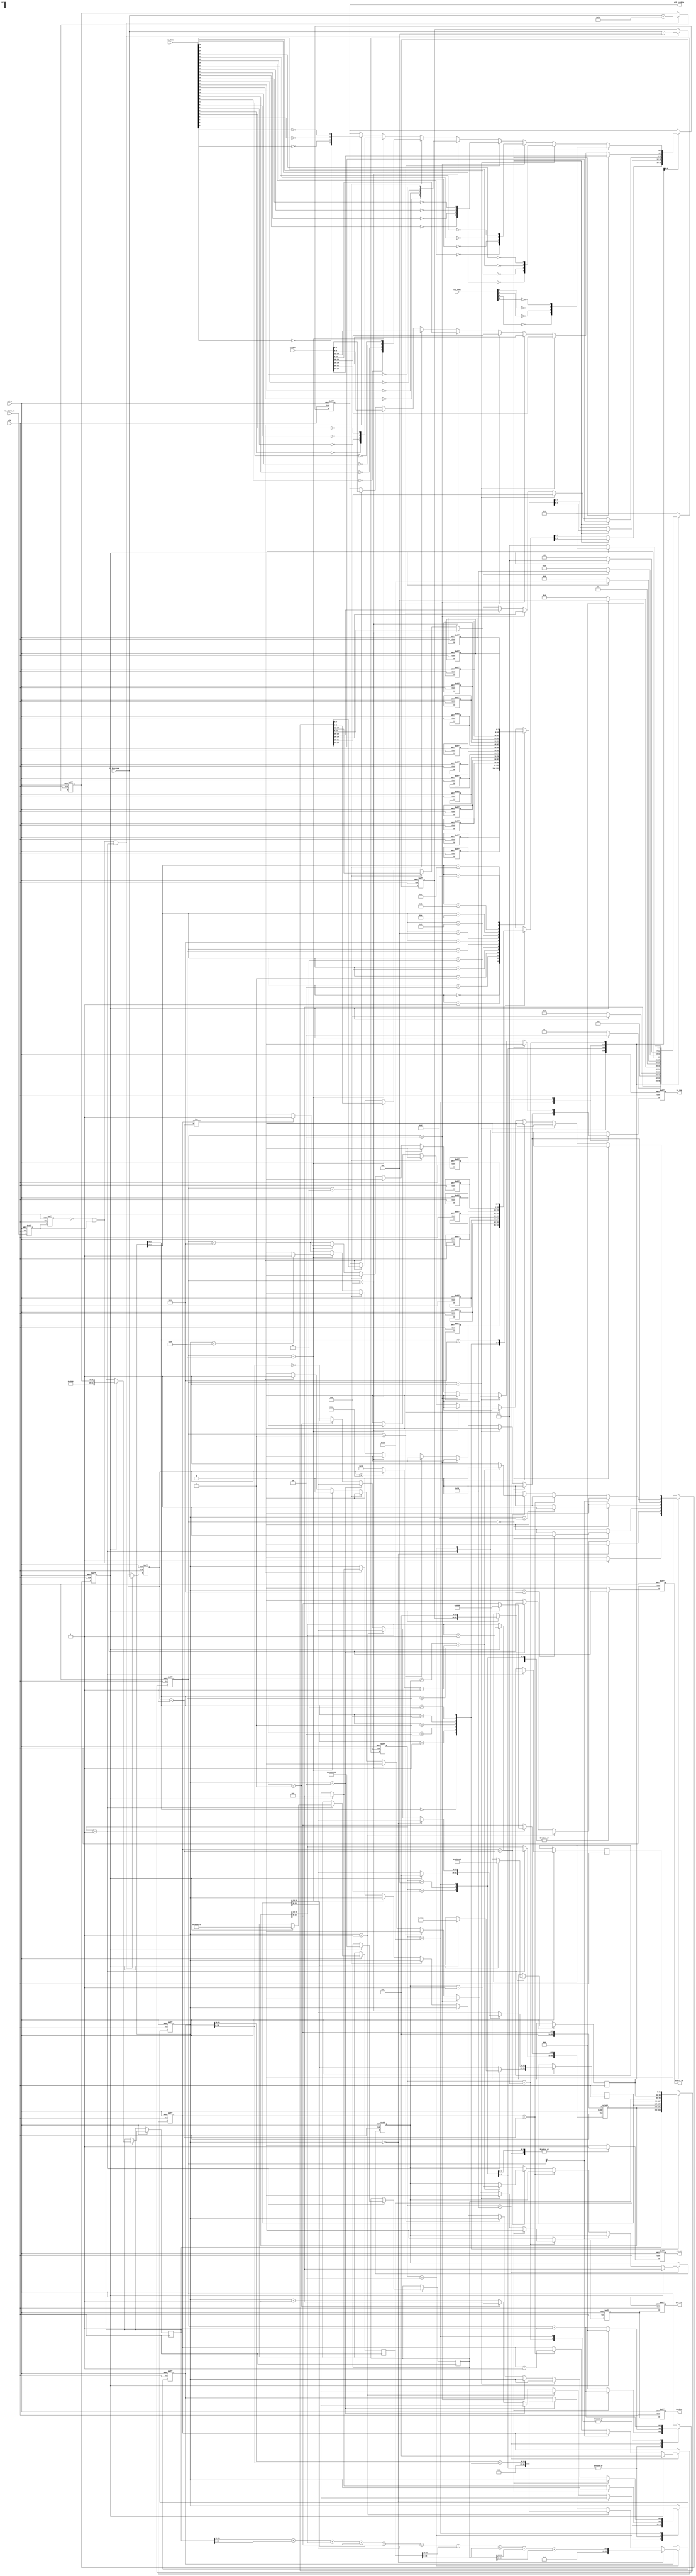
module ip_send
  #(
    //MAC 00-11-22-33-44-55
    parameter BOARD_MAC = 48'h00_11_22_33_44_55,      
    //IP 192.168.1.123     
    parameter BOARD_IP  = {8'd192,8'd168,8'd1,8'd123},   
    //MAC ff_ff_ff_ff_ff_ff
    parameter  DES_MAC   = 48'hff_ff_ff_ff_ff_ff, 
    //IP 192.168.1.102     
    parameter  DES_IP    = {8'd192,8'd168,8'd1,8'd102}
    )
   (    
    input                clk        ,    //
    input                rst_n      ,    //
    
    input                tx_start_en,    //
    input        [31:0]  tx_data    ,    //  
    input        [15:0]  tx_byte_num,    //
    input        [31:0]  crc_data   ,    //CRC
    input        [3:0]   crc_next   ,    //CRC
    output  reg          tx_done    ,    //
    output  reg          tx_req     ,    //
    output  reg          eth_tx_en  ,    //MII
    output  reg  [3:0]   eth_tx_data,    //MII
    output  reg          crc_en     ,    //CRC
    output  reg          crc_clr         //CRC 
    );

//parameter define
localparam  st_idle      = 7'b000_0001;   //
localparam  st_check_sum = 7'b000_0010;   //IP
localparam  st_preamble  = 7'b000_0100;   //+
localparam  st_eth_head  = 7'b000_1000;   //
localparam  st_ip_head   = 7'b001_0000;   //IP+UDP
localparam  st_tx_data   = 7'b010_0000;   //
localparam  st_crc       = 7'b100_0000;   //CRC

localparam  ETH_TYPE     = 16'h0800  ;    // IP
//46IP20+UDP8
//46-20-8=18
localparam  MIN_DATA_NUM = 16'd18    ;    

//reg define
reg    [6:0]       cur_state        ;
reg    [6:0]       next_state       ;
                                    
reg    [7:0]       preamble[7:0]    ;     //
reg    [7:0]       eth_head[13:0]   ;     //
reg    [31:0]      ip_head[6:0]     ;     //IP + UDP
                                    
reg                start_en_d0      ;
reg                start_en_d1      ;
reg    [15:0]      tx_data_num      ;     //
reg    [15:0]      total_num        ;     //
reg    [15:0]      udp_num          ;     //UDP
reg                skip_en          ;     //
reg    [4:0]       cnt              ;
reg    [31:0]      check_buffer     ;     //
reg    [2:0]       tx_bit_sel       ;
reg    [15:0]      data_cnt         ;     //
reg                tx_done_t        ;
reg    [4:0]       real_add_cnt     ;     //
                                    
//wire define                       
wire               pos_start_en     ;     //
wire   [15:0]      real_tx_data_num ;     //()
//*****************************************************
//**                    main code
//*****************************************************

assign  pos_start_en = (~start_en_d1) & start_en_d0;
assign  real_tx_data_num = (tx_data_num >= MIN_DATA_NUM) 
                           ? tx_data_num : MIN_DATA_NUM; 
                           
//tx_start_en
always @(posedge clk or negedge rst_n) begin
    if(!rst_n) begin
        start_en_d0 <= 1'b0;
        start_en_d1 <= 1'b0;
    end    
    else begin
        start_en_d0 <= tx_start_en;
        start_en_d1 <= start_en_d0;
    end
end 

//
always @(posedge clk or negedge rst_n) begin
    if(!rst_n) begin
        tx_data_num <= 16'd0;
        total_num <= 16'd0;
        udp_num <= 16'd0;
    end
    else begin
        if(pos_start_en && cur_state==st_idle) begin
            //
            tx_data_num <= tx_byte_num;        
            //IP+IP            
            total_num <= tx_byte_num + 16'd28;  
            //UDP+UDP            
            udp_num <= tx_byte_num + 16'd8;               
        end    
    end
end                  

always @(posedge clk or negedge rst_n) begin
    if(!rst_n)
        cur_state <= st_idle;  
    else
        cur_state <= next_state;
end

always @(*) begin
    next_state = st_idle;
    case(cur_state)
        st_idle     : begin                               //
            if(skip_en)                
                next_state = st_check_sum;
            else
                next_state = st_idle;
        end  
        st_check_sum: begin                               //IP
            if(skip_en)
                next_state = st_preamble;
            else
                next_state = st_check_sum;    
        end                             
        st_preamble : begin                               //+
            if(skip_en)
                next_state = st_eth_head;
            else
                next_state = st_preamble;      
        end
        st_eth_head : begin                               //
            if(skip_en)
                next_state = st_ip_head;
            else
                next_state = st_eth_head;      
        end              
        st_ip_head : begin                                //IP+UDP               
            if(skip_en)
                next_state = st_tx_data;
            else
                next_state = st_ip_head;      
        end
        st_tx_data : begin                                //                  
            if(skip_en)
                next_state = st_crc;
            else
                next_state = st_tx_data;      
        end
        st_crc: begin                                     //CRC
            if(skip_en)
                next_state = st_idle;
            else
                next_state = st_crc;      
        end
        default : next_state = st_idle;   
    endcase
end                      

//
always @(posedge clk or negedge rst_n) begin
    if(!rst_n) begin
        skip_en <= 1'b0; 
        cnt <= 5'd0;
        check_buffer <= 32'd0;
        ip_head[1][31:16] <= 16'd0;
        tx_bit_sel <= 3'b0;
        crc_en <= 1'b0;
        eth_tx_en <= 1'b0;
        eth_tx_data <= 4'd0;
        tx_req <= 1'b0;
        tx_done_t <= 1'b0; 
        data_cnt <= 16'd0;
        real_add_cnt <= 5'd0;
        //    
        // 78'h55 + 18'hd5
        preamble[0] <= 8'h55;                 
        preamble[1] <= 8'h55;
        preamble[2] <= 8'h55;
        preamble[3] <= 8'h55;
        preamble[4] <= 8'h55;
        preamble[5] <= 8'h55;
        preamble[6] <= 8'h55;
        preamble[7] <= 8'hd5;
        //MAC
        eth_head[0] <= DES_MAC[47:40];
        eth_head[1] <= DES_MAC[39:32];
        eth_head[2] <= DES_MAC[31:24];
        eth_head[3] <= DES_MAC[23:16];
        eth_head[4] <= DES_MAC[15:8];
        eth_head[5] <= DES_MAC[7:0];
        //MAC
        eth_head[6] <= BOARD_MAC[47:40];
        eth_head[7] <= BOARD_MAC[39:32];
        eth_head[8] <= BOARD_MAC[31:24];
        eth_head[9] <= BOARD_MAC[23:16];
        eth_head[10] <= BOARD_MAC[15:8];
        eth_head[11] <= BOARD_MAC[7:0];
        //
        eth_head[12] <= ETH_TYPE[15:8];
        eth_head[13] <= ETH_TYPE[7:0];        
    end
    else begin
        skip_en <= 1'b0;
        tx_req <= 1'b0;
        crc_en <= 1'b0;
        eth_tx_en <= 1'b0;
        tx_done_t <= 1'b0;
        case(cur_state)
            st_idle     : begin
                if(pos_start_en)
                    skip_en <= 1'b1; 
                if(skip_en) begin
                    //4 5(:32bit,20byte/4=5)
                    ip_head[0] <= {8'h45,8'h00,total_num};   
                    //161      
                    ip_head[1][31:16] <= ip_head[1][31:16] + 1'b1; 
                    //bit[15:13]: 010
                    ip_head[1][15:0] <= 16'h4000;    
                    //17(udp)                  
                    ip_head[2] <= {8'h40,8'd17,16'h0};   
                    //IP               
                    ip_head[3] <= BOARD_IP;    
                    //IP                        
                    ip_head[4] <= DES_IP;       
                    //161234  161234                      
                    ip_head[5] <= {16'd1234,16'd1234};  
                    //16udp16udp              
                    ip_head[6] <= {udp_num,16'h0000};                   
                end                                                   
            end                                                       
            st_check_sum: begin                           //IP
                cnt <= cnt + 5'd1;
                if(cnt == 5'd0) begin                   
                    check_buffer <= ip_head[0][31:16] + ip_head[0][15:0]
                                    + ip_head[1][31:16] + ip_head[1][15:0]
                                    + ip_head[2][31:16] + ip_head[2][15:0]
                                    + ip_head[3][31:16] + ip_head[3][15:0]
                                    + ip_head[4][31:16] + ip_head[4][15:0];
                end
                else if(cnt == 5'd1)                      //,
                    check_buffer <= check_buffer[31:16] + check_buffer[15:0];
                else if(cnt == 5'd2) begin                //,
                    check_buffer <= check_buffer[31:16] + check_buffer[15:0];
                    skip_en <= 1'b1;
                end                             
                else if(cnt == 5'd3) begin                // 
                    cnt <= 5'd0;            
                    ip_head[2][15:0] <= ~check_buffer[15:0];
                end    
            end              
            st_preamble : begin                           //+
                eth_tx_en <= 1'b1;
                if(tx_bit_sel == 3'd0) begin
                    tx_bit_sel <= tx_bit_sel + 3'd1;
                    eth_tx_data <= preamble[cnt][3:0];    //
                    if(cnt == 5'd7) begin                        
                        skip_en <= 1'b1;
                    end                                      
                end  
                else begin
                    tx_bit_sel <= 3'd0;
                    eth_tx_data <= preamble[cnt][7:4];    //
                    if(skip_en)
                        cnt <= 5'd0;
                    else    
                        cnt <= cnt + 5'd1;
                end    
            end
            st_eth_head : begin                           //
                eth_tx_en <= 1'b1;
                crc_en <= 1'b1;
                if(tx_bit_sel == 3'd0) begin
                    tx_bit_sel <= tx_bit_sel + 3'd1;
                    eth_tx_data <= eth_head[cnt][3:0];                
                    if(cnt == 5'd13) begin
                        skip_en <= 1'b1;
                    end                                      
                end  
                else begin
                    tx_bit_sel <= 3'd0;
                    eth_tx_data <= eth_head[cnt][7:4];  
                    if(skip_en)
                        cnt <= 5'd0;
                    else    
                        cnt <= cnt + 5'd1;
                end    
            end              
            st_ip_head  : begin                           //IP + UDP
                crc_en <= 1'b1;
                eth_tx_en <= 1'b1;
                tx_bit_sel <= tx_bit_sel + 3'd1;
                if(tx_bit_sel == 3'd0)
                    eth_tx_data <= ip_head[cnt][27:24];
                else if(tx_bit_sel == 3'd1)
                    eth_tx_data <= ip_head[cnt][31:28];    
                else if(tx_bit_sel == 3'd2)
                    eth_tx_data <= ip_head[cnt][19:16];   
                else if(tx_bit_sel == 3'd3)
                    eth_tx_data <= ip_head[cnt][23:20];                                                        
                else if(tx_bit_sel == 3'd4)
                    eth_tx_data <= ip_head[cnt][11:8];                      
                else if(tx_bit_sel == 3'd5)
                    eth_tx_data <= ip_head[cnt][15:12];   
                else if(tx_bit_sel == 3'd6) begin
                    eth_tx_data <= ip_head[cnt][3:0]; 
                    if(cnt == 5'd6) begin
                        skip_en <= 1'b1;
                        //
                        tx_req <= 1'b1;                     
                    end    
                end                                        
                else if(tx_bit_sel == 3'd7) begin
                    eth_tx_data <= ip_head[cnt][7:4];                          
                    if(skip_en)
                        cnt <= 5'd0;
                    else
                        cnt <= cnt + 5'd1;                            
                end   
            end
            st_tx_data  : begin                           //
                crc_en <= 1'b1;
                eth_tx_en <= 1'b1;
                tx_bit_sel <= tx_bit_sel + 3'd1;  
                if(tx_bit_sel[0] == 1'b0) begin
                    if(data_cnt < tx_data_num - 16'd1)
                        data_cnt <= data_cnt + 16'd1;                        
                    else if(data_cnt == tx_data_num - 16'd1)begin
                        //18
                        //
                        if(data_cnt + real_add_cnt < real_tx_data_num - 16'd1)
                            real_add_cnt <= real_add_cnt + 5'd1;  
                        else
                            skip_en <= 1'b1;
                    end        
                end        
                if(tx_bit_sel == 3'd0) begin
                    eth_tx_data <= tx_data[27:24];
                end    
                else if(tx_bit_sel == 3'd1)
                    eth_tx_data <= tx_data[31:28];    
                else if(tx_bit_sel == 3'd2)
                    eth_tx_data <= tx_data[19:16];   
                else if(tx_bit_sel == 3'd3)
                    eth_tx_data <= tx_data[23:20];                                                                   
                else if(tx_bit_sel == 3'd4)
                    eth_tx_data <= tx_data[11:8];                                 
                else if(tx_bit_sel == 3'd5)
                    eth_tx_data <= tx_data[15:12];   
                else if(tx_bit_sel == 3'd6) begin
                    eth_tx_data <= tx_data[3:0]; 
                    if(data_cnt != tx_data_num - 16'd1)
                        tx_req <= 1'b1;  
                end                                        
                else if(tx_bit_sel == 3'd7)
                    eth_tx_data <= tx_data[7:4];                                                                                                        
                if(skip_en) begin
                    data_cnt <= 16'd0;
                    real_add_cnt <= 5'd0;
                    tx_bit_sel <= 3'd0;
                end                                                          
            end  
            st_crc      : begin                          //CRC
                eth_tx_en <= 1'b1;
                tx_bit_sel <= tx_bit_sel + 3'd1;
                if(tx_bit_sel == 3'd0)
                                                         //crc_next
                    eth_tx_data <= {~crc_next[0], ~crc_next[1], ~crc_next[2], 
                                   ~crc_next[3]};
                else if(tx_bit_sel == 3'd1)
                    eth_tx_data <= {~crc_data[24],~crc_data[25],~crc_data[26],
                                   ~crc_data[27]};
                else if(tx_bit_sel == 3'd2)
                    eth_tx_data <= {~crc_data[20],~crc_data[21],~crc_data[22],
                                   ~crc_data[23]};                                  
                else if(tx_bit_sel == 3'd3)
                    eth_tx_data <= {~crc_data[16],~crc_data[17],~crc_data[18],
                                   ~crc_data[19]};
                else if(tx_bit_sel == 3'd4)
                    eth_tx_data <= {~crc_data[12],~crc_data[13],~crc_data[14],
                                   ~crc_data[15]};        
                else if(tx_bit_sel == 3'd5)
                    eth_tx_data <= {~crc_data[8],~crc_data[9],~crc_data[10],
                                   ~crc_data[11]};   
                else if(tx_bit_sel == 3'd6) begin
                    eth_tx_data <= {~crc_data[4],~crc_data[5],~crc_data[6],
                                   ~crc_data[7]}; 
                    skip_en <= 1'b1;                                  
                end       
                else if(tx_bit_sel == 3'd7) begin
                    eth_tx_data <= {~crc_data[0],~crc_data[1],~crc_data[2],
                                   ~crc_data[3]};
                    tx_done_t <= 1'b1;
                end                                                                                                                                                                   
            end                          
            default :;  
        endcase                                             
    end
end            

//crc
always @(posedge clk or negedge rst_n) begin
    if(!rst_n) begin
        tx_done <= 1'b0;
        crc_clr <= 1'b0;
    end
    else begin
        tx_done <= tx_done_t;
        crc_clr <= tx_done_t;
    end
end

endmodule